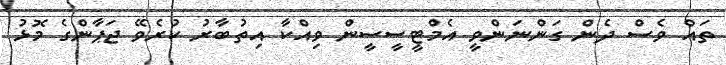
ތައް ވެސް ދެން ގަންނަންވީ އެމްޓީސީސީން ވިއްކާ އިތުބާރު ކުރެވޭ ޖަޕާންގެ މޮޅު